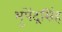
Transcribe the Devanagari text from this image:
भुपेंद्रसिंह